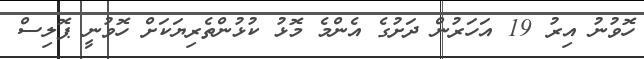
ހޮވުނު އިރު 19 އަހަރުން ދަށުގެ އެންމެ މޮޅު ކުޅުންތެރިޔަކަށް ހޮވުނީ ޕޮލިސް